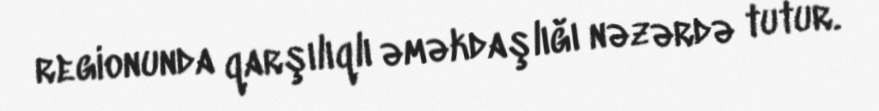
regionunda qarşılıqlı əməkdaşlığı nəzərdə tutur.